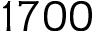
1 7 0 0